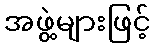
အဖွဲ့များဖြင့်